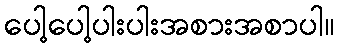
ပေါ့ပေါ့ပါးပါးအစားအစာပါ။